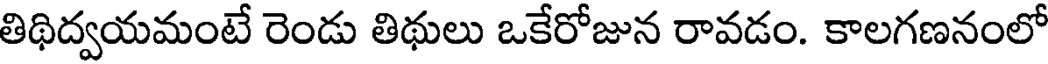
తిథిద్వయమంటే రెండు తిథులు ఒకేరోజున రావడం. కాలగణనంలో